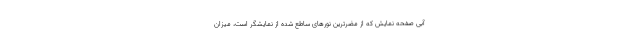
آبی صفحه نمایش که از مضرترین نورهای ساطع شده از نمایشگر است، میزان